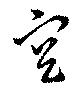
空